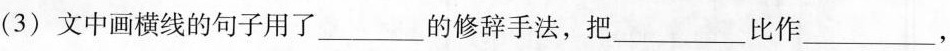
(3)文中画横线的句子用了___的修辞手法，把___比作___，